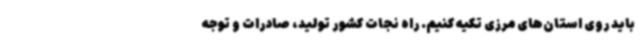
باید روی استان‌های مرزی تکیه کنیم. راه نجات کشور تولید، صادرات و توجه